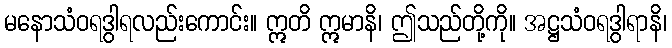
မနောသံဝရဒွါရလည်းကောင်း။ ဣတိ ဣမာနိ၊ ဤသည်တို့ကို။ အဋ္ဌသံဝရဒွါရာနိ၊